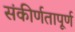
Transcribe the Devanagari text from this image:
संकीर्णतापूर्ण